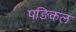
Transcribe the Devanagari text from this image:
पङिकल